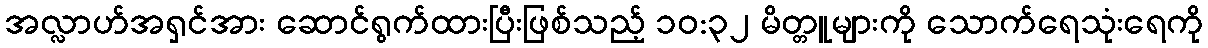
အလ္လာဟ်အရှင်အား ဆောင်ရွက်ထားပြီးဖြစ်သည့် ၁၀:၃၂ မိတ္တူများကို သောက်ရေသုံးရေကို